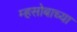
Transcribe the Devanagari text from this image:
म्हसोबाच्या